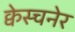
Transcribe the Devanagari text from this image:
क्वेस्चनेर